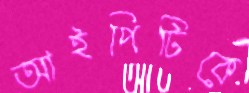
আইপিটিকে